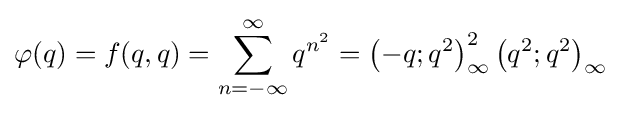
\varphi (q)=f(q,q)=\sum _{n=-\infty }^{\infty }q^{n^{2}}={\left(-q;q^{2}\right)_{\infty }^{2}\left(q^{2};q^{2}\right)_{\infty }}